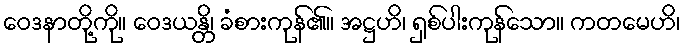
ဝေဒနာတို့ကို။ ဝေဒယန္တိ၊ ခံစားကုန်၏။ အဋ္ဌဟိ၊ ရှစ်ပါးကုန်သော။ ကတမေဟိ၊